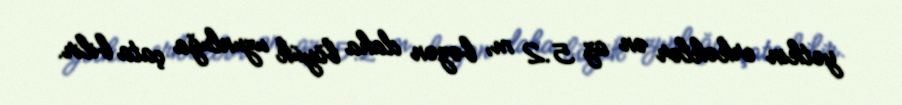
yetkin erkəklər ən az 5.2 m, bəzən daha böyük uzunluğa çata bilir.